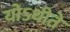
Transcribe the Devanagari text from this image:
योऽधीते